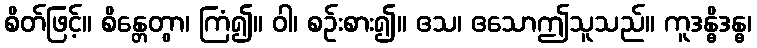
စိတ်ဖြင့်။ စိန္တေတွာ၊ ကြံ၍။ ဝါ၊ စဉ်းစား၍။ ဧသ၊ ဧသောဤသူသည်။ ကူဒန္ဓိဒန္ဓ၊